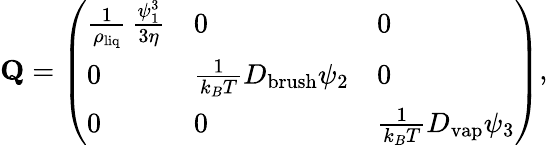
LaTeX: \mathbf{Q}=\left(\begin{array}{lll}{\frac{1}{\rho_{\mathrm{liq}}}\, \frac{\psi_{1}^{3}}{3\eta}}&{0}&{0}\\ {0}&{\frac{1}{k_{B}T}D_{\mathrm{brush}}\psi_{2}}&{0}\\ {0}&{0}&{\frac{1}{k_{B}T}D_{\mathrm{vap}}\psi_{3}}\end{array}\right),